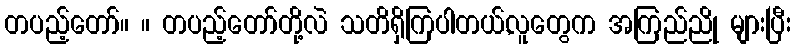
တပည့်တော်။ ။ တပည့်တော်တို့လဲ သတိရှိကြပါတယ်,လူတွေက အကြည်ညို များပြီး